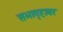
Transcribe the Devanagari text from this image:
सभागृहावर